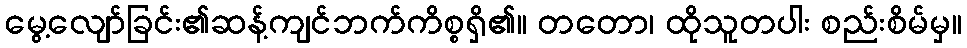
မွေ့လျော်ခြင်း၏ဆန့်ကျင်ဘက်ကိစ္စရှိ၏။ တတော၊ ထိုသူတပါး စည်းစိမ်မှ။